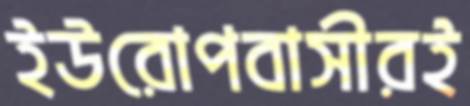
ইউরোপবাসীরই